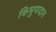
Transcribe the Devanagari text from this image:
किमुपादान